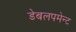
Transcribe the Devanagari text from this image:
डेबलपमेन्ट